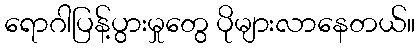
ရောဂါပြန့်ပွားမှုတွေ ပိုများလာနေတယ်။